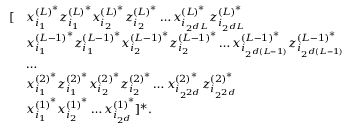
\begin{array} { r l } { [ } & { x _ { i _ { 1 } } ^ { { ( L ) } ^ { * } } z _ { i _ { 1 } } ^ { { ( L ) } ^ { * } } x _ { i _ { 2 } } ^ { { ( L ) } ^ { * } } z _ { i _ { 2 } } ^ { { ( L ) } ^ { * } } \mathellipsis x _ { i _ { 2 ^ { d L } } } ^ { { ( L ) } ^ { * } } z _ { i _ { 2 ^ { d L } } } ^ { { ( L ) } ^ { * } } } \\ & { x _ { i _ { 1 } } ^ { { ( L - 1 ) } ^ { * } } z _ { i _ { 1 } } ^ { { ( L - 1 ) } ^ { * } } x _ { i _ { 2 } } ^ { { ( L - 1 ) } ^ { * } } z _ { i _ { 2 } } ^ { { ( L - 1 ) } ^ { * } } \mathellipsis x _ { i _ { 2 ^ { d ( L - 1 ) } } } ^ { { ( L - 1 ) } ^ { * } } z _ { i _ { 2 ^ { d ( L - 1 ) } } } ^ { { ( L - 1 ) } ^ { * } } } \\ & { \mathellipsis } \\ & { x _ { i _ { 1 } } ^ { { ( 2 ) } ^ { * } } z _ { i _ { 1 } } ^ { { ( 2 ) } ^ { * } } x _ { i _ { 2 } } ^ { { ( 2 ) } ^ { * } } z _ { i _ { 2 } } ^ { { ( 2 ) } ^ { * } } \mathellipsis x _ { i _ { 2 ^ { 2 d } } } ^ { { ( 2 ) } ^ { * } } z _ { i _ { 2 ^ { 2 d } } } ^ { { ( 2 ) } ^ { * } } } \\ & { x _ { i _ { 1 } } ^ { { ( 1 ) } ^ { * } } x _ { i _ { 2 } } ^ { { ( 1 ) } ^ { * } } \mathellipsis x _ { i _ { 2 ^ { d } } } ^ { { ( 1 ) } ^ { * } } ] ^ { * } . } \end{array}